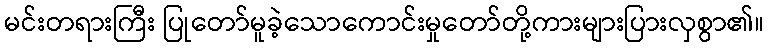
မင်းတရားကြီး ပြုတော်မူခဲ့သောကောင်းမှုတော်တို့ကားများပြားလှစွာ၏။